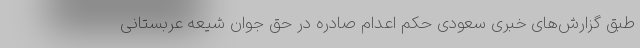
طبق گزارش‌های خبری سعودی حکم اعدام صادره در حق جوان شیعه عربستانی